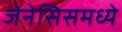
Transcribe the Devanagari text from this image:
जेनेसिसमध्ये